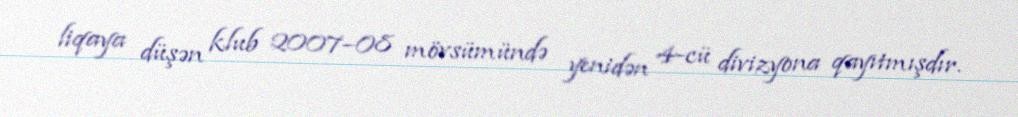
liqaya düşən klub 2007–08 mövsümündə yenidən 4-cü divizyona qayıtmışdır.